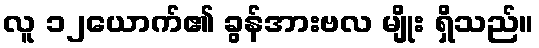
လူ ၁၂ယောက်၏ ခွန်အားဗလ မျိုး ရှိသည်။